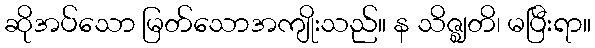
ဆိုအပ်သော မြတ်သောအကျိုးသည်။ န သိဇ္ဈတိ၊ မပြီးရာ။